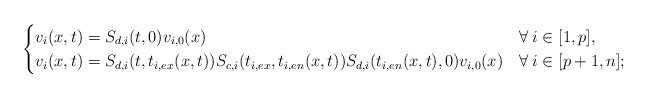
LaTeX: \begin{align*} \begin{cases} v_i(x,t)=S_{d,i}(t,0)v_{i,0}(x) & \forall\:i\in[1,p],\\ v_i(x,t)=S_{d,i}(t,t_{i,ex}(x,t))S_{c,i}(t_{i,ex},t_{i,en}(x,t))S_{d,i}(t_{i,en}(x,t),0)v_{i,0}(x) & \forall\:i\in[p+1,n]; \end{cases} \end{align*}